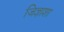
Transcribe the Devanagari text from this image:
जिज्ञाशा